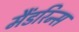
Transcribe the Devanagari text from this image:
मैंडरिन्स